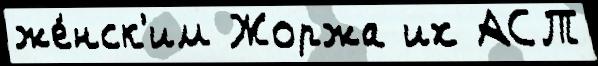
же́нск'им Жоржа их АСТ